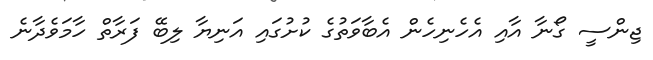
ޖިންސީ ގޯނާ އާއި އެހެނިހެން އެބާވަތުގެ ކުށުގައި އަނިޔާ ލިބޭ ފަރާތް ހާމަވެދާނެ